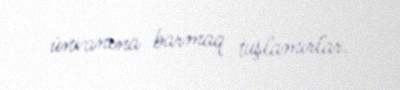
ünvanına barmaq tuşlamırlar.